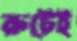
রুটেই